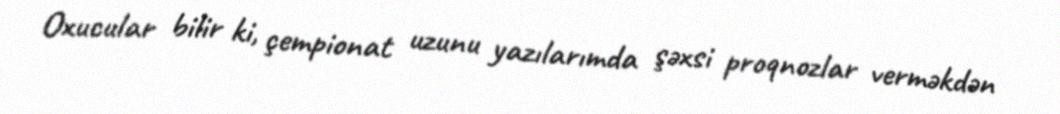
Oxucular bilir ki, çempionat uzunu yazılarımda şəxsi proqnozlar verməkdən